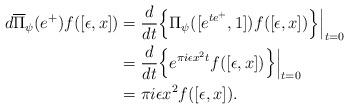
LaTeX: \begin{align*} d\overline{\Pi}_{\psi} (e^+)f([\epsilon, x])&=\frac{d}{dt}\Big\{ \Pi_{\psi}([e^{te^+}, 1]) f([\epsilon, x])\Big\}\Big|_{t=0} \\ &=\frac{d}{dt}\Big\{ e^{\pi i \epsilon x^2 t} f([\epsilon, x]) \Big\}\Big|_{t=0} \\&=\pi i\epsilon x^2 f([\epsilon, x]). \end{align*}